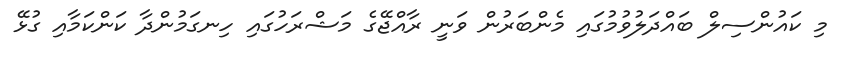
މި ކައުންސިލް ބައްދަލުވުމުގައި މެންބަރުން ވަނީ ރާއްޖޭގެ މަޝްރަހުގައި ހިނގަމުންދާ ކަންކަމާއި ގުޅޭ